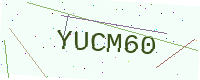
Text: YUCM60